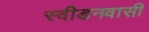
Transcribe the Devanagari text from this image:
स्वीडनवासी